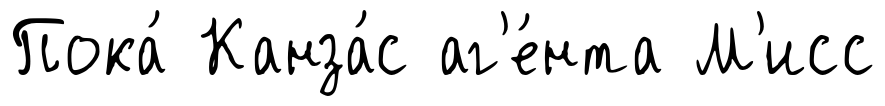
Пока́ Канза́с аг'е́нта М'исс